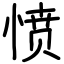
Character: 愤